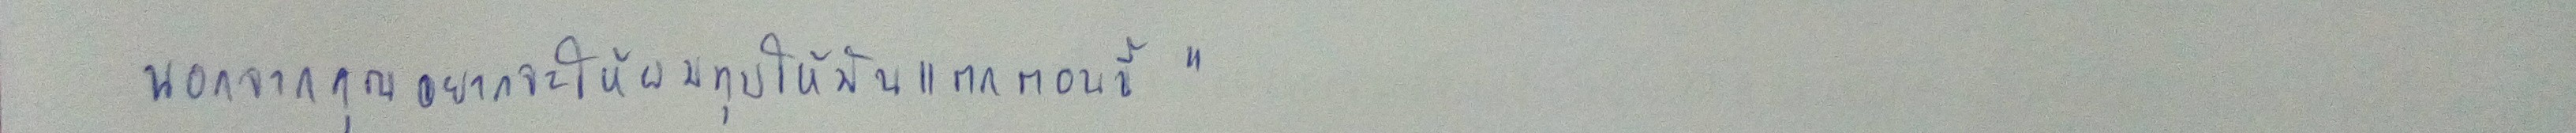
นอกจากคุณอยากจะให้ผมทุบให้มันแตกตอนนี้"